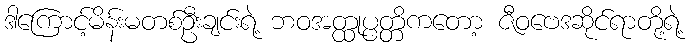
ဒါကြောင့်မိန်းမတစ်ဦးချင်းရဲ့ ဘဝအတ္ထုပ္ပတ္တိကတော့ ဇီဝဗေဒဆိုင်ရာတို့ရဲ့